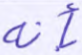
بأنه